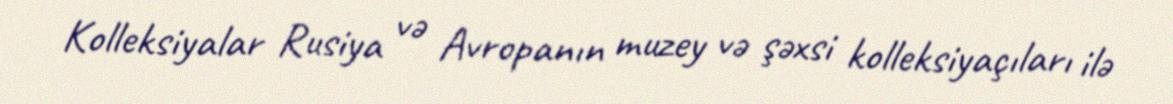
Kolleksiyalar Rusiya və Avropanın muzey və şəxsi kolleksiyaçıları ilə